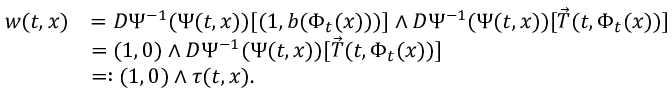
\begin{array} { r l } { w ( t , x ) } & { = D \Psi ^ { - 1 } ( { \Psi ( t , x ) } ) [ ( 1 , b ( \Phi _ { t } ( x ) ) ) ] \wedge D \Psi ^ { - 1 } ( { \Psi ( t , x ) } ) [ \vec { T } ( t , \Phi _ { t } ( x ) ) ] } \\ & { = ( 1 , 0 ) \wedge D \Psi ^ { - 1 } ( { \Psi ( t , x ) } ) [ \vec { T } ( t , \Phi _ { t } ( x ) ) ] } \\ & { = : ( 1 , 0 ) \wedge \tau ( t , x ) . } \end{array}